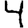
Digit: 4